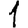
Digit: 1